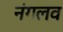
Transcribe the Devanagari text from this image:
नंगलव